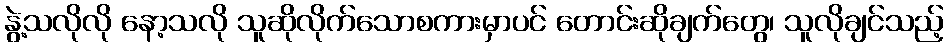
နွဲ့သလိုလို နော့သလို သူဆိုလိုက်သောစကားမှာပင် တောင်းဆိုချက်တွေ၊ သူလိုချင်သည့်